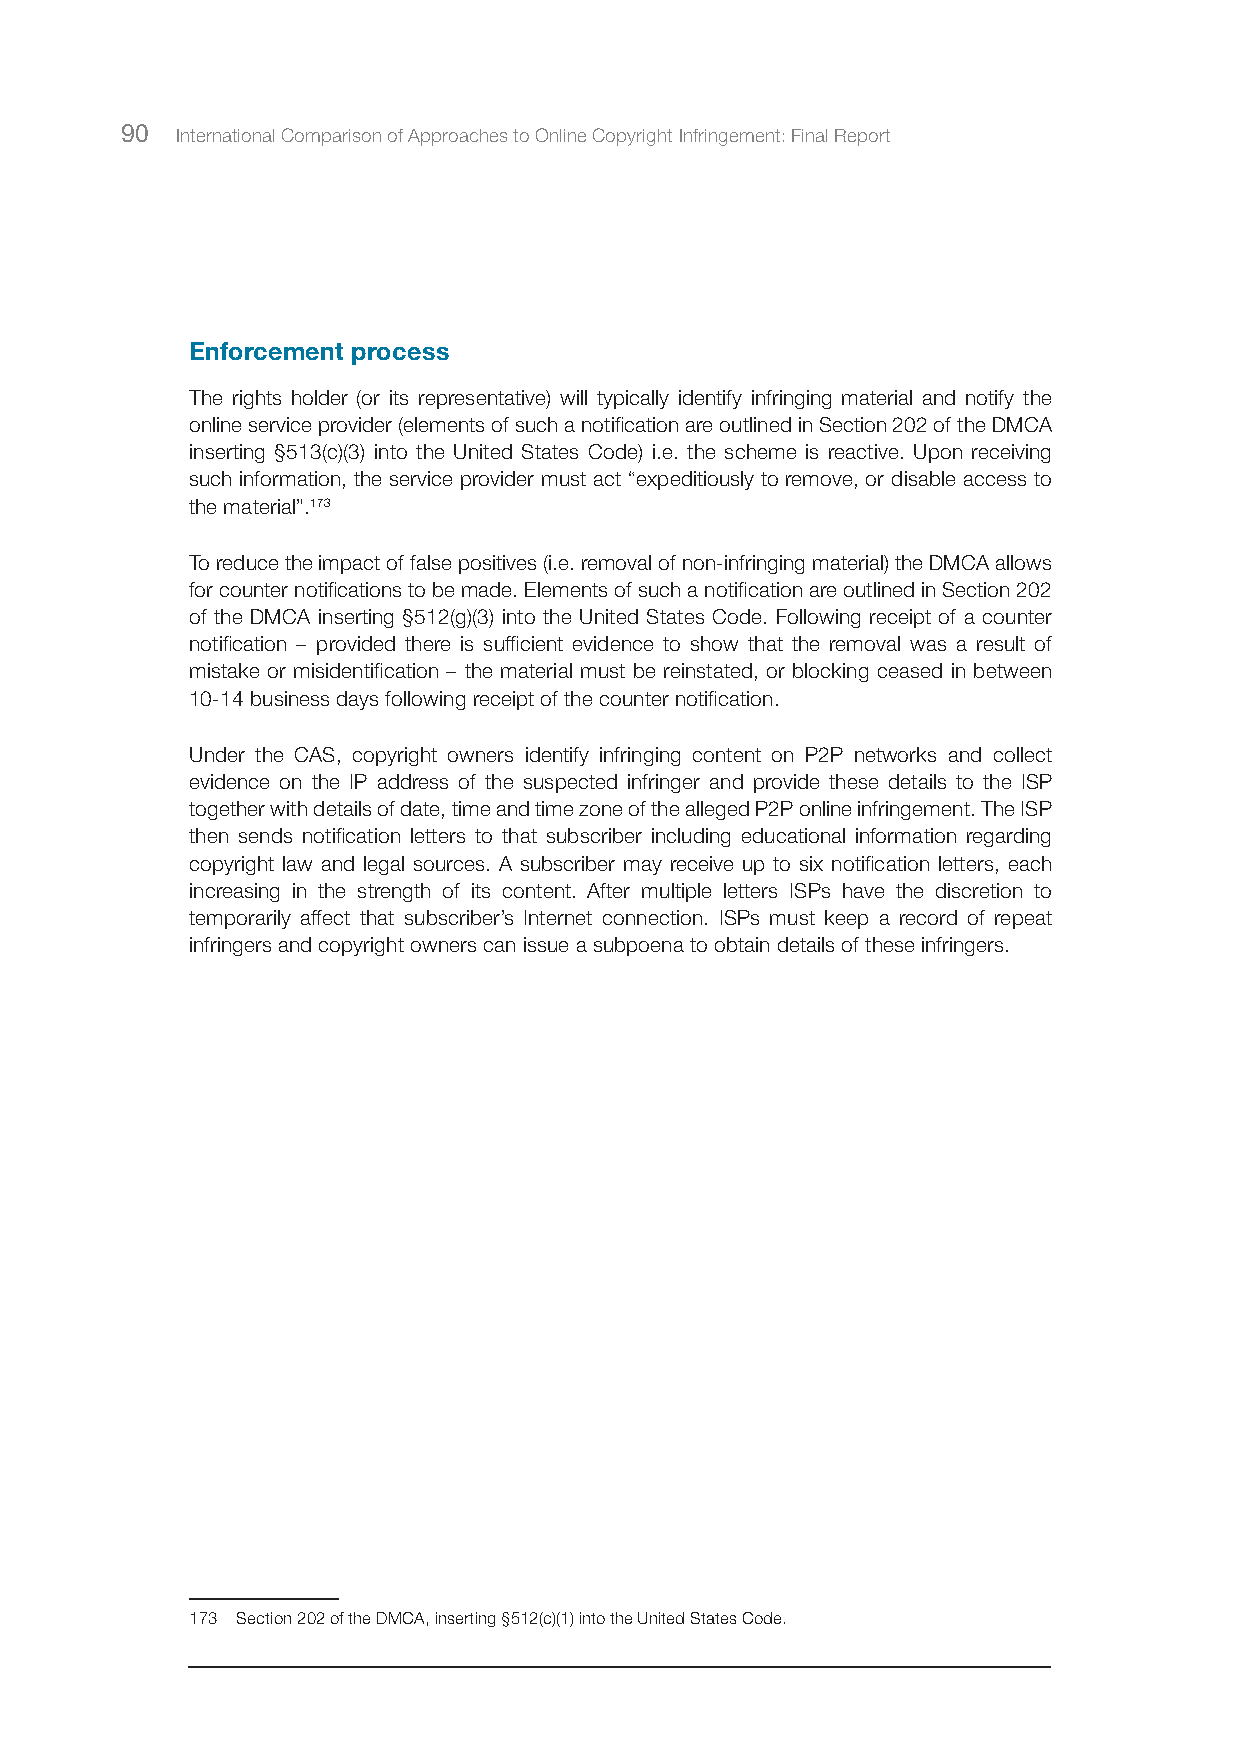
90  International Comparison of Approaches to Online Copyright Infringement: Final Report
 Enforcement process
 The rights holder (or its representative) will typically identify infringing material and notify the
 online service provider (elements of such a notification are outlined in Section 202 of the DMCA
 inserting §513(c)(3) into the United States Code) i.e. the scheme is reactive. Upon receiving
 such information, the service provider must act “expeditiously to remove, or disable access to
 the material”.173
 To reduce the impact of false positives (i.e. removal of non-infringing material) the DMCA allows
 for counter notifications to be made. Elements of such a notification are outlined in Section 202
 of the DMCA inserting §512(g)(3) into the United States Code. Following receipt of a counter
 notification – provided there is sufficient evidence to show that the removal was a result of
 mistake or misidentification – the material must be reinstated, or blocking ceased in between
 10-14 business days following receipt of the counter notification.
 Under the CAS, copyright owners identify infringing content on P2P networks and collect
 evidence on the IP address of the suspected infringer and provide these details to the ISP
 together with details of date, time and time zone of the alleged P2P online infringement. The ISP
 then sends notification letters to that subscriber including educational information regarding
 copyright law and legal sources. A subscriber may receive up to six notification letters, each
 increasing in the strength of its content. After multiple letters ISPs have the discretion to
 temporarily affect that subscriber’s Internet connection. ISPs must keep a record of repeat
 infringers and copyright owners can issue a subpoena to obtain details of these infringers.
 173 Section 202 of the DMCA, inserting §512(c)(1) into the United States Code.